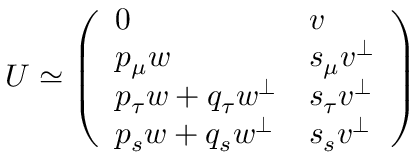
U \simeq \left( \begin{array} { l l } { { 0 } } & { { v } } \\ { { p _ { \mu } w } } & { { s _ { \mu } v ^ { \bot } } } \\ { { p _ { \tau } w + q _ { \tau } w ^ { \bot } } } & { { s _ { \tau } v ^ { \bot } } } \\ { { p _ { s } w + q _ { s } w ^ { \bot } } } & { { s _ { s } v ^ { \bot } } } \end{array} \right)